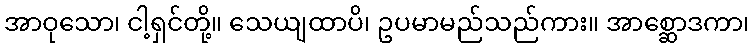
အာဝုသော၊ ငါ့ရှင်တို့။ သေယျထာပိ၊ ဥပမာမည်သည်ကား။ အာစ္ဆောဒကာ၊